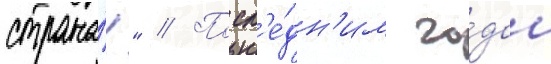
страна́!" // Посл'е́дн'им го́дом